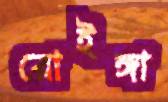
রোইঙ্গা